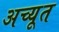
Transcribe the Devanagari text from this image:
अच्यूत